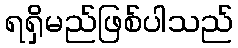
ရရှိမည်ဖြစ်ပါသည်